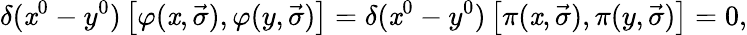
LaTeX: \delta(\mathit{x}^{0}-y^{0})\left[\varphi(\mathit{x},\vec{{\sigma}}),\varphi(y,\vec{{\sigma}})\right]=\delta(\mathit{x}^{0}-y^{0})\left[\pi(\mathit{x},\vec{{\sigma}}),\pi(y,\vec{{\sigma}})\right]=0,